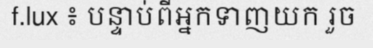
f.lux ៖ បន្ទាប់ពីអ្នកទាញយក រួច